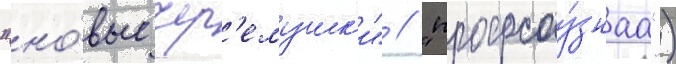
"но́вые чер'емушк'и" / "профсоу́знаа")